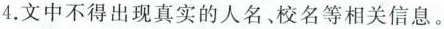
4.文中不得出现真实的人名，校名等相关信息。